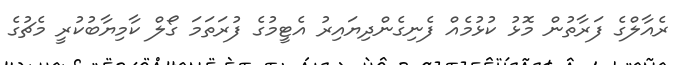
ރެއާލްގެ ފަރާތުން މޮޅު ކުޅުމެއް ފެނިގެންދިޔައިރު އެޓީމުގެ ފުރަތަމަ ގޯލް ކާމިޔާބުކުރީ މެޗުގެ